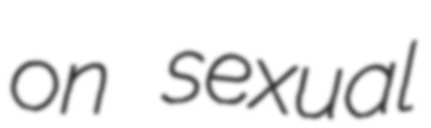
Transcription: on sexual